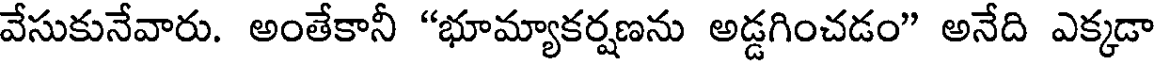
వేసుకునేవారు. అంతేకానీ "భూమ్యాకర్షణను అడ్డగించడం" అనేది ఎక్కడా